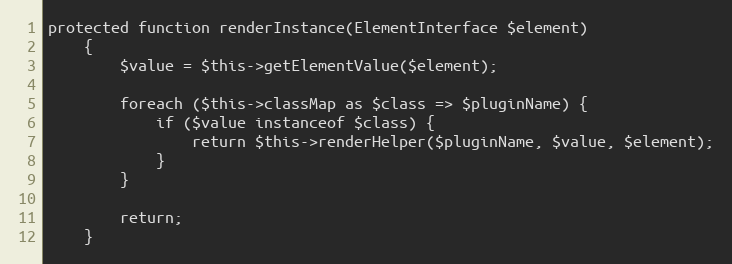
Language: PHP
protected function renderInstance(ElementInterface $element)
    {
        $value = $this->getElementValue($element);

        foreach ($this->classMap as $class => $pluginName) {
            if ($value instanceof $class) {
                return $this->renderHelper($pluginName, $value, $element);
            }
        }

        return;
    }